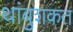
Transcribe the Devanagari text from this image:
थांबुशकत